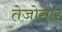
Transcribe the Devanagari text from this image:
तेजोसार